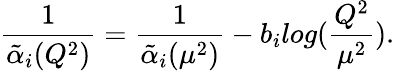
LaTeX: \frac{1}{\tilde{\alpha}_{i}(Q^{2})}=\frac{1}{\tilde{\alpha}_{i}(\mu^{2})}-b_{i}log(\frac{Q^{2}}{\mu^{2}}).